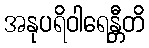
အနုပရိဝါရေန္တီတိ